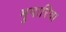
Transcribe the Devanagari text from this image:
मुपारिवा